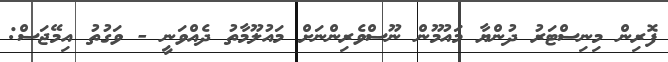
ފޮރިން މިނިސްޓަރު ދުންޔާ މައުމޫން ނޫސްވެރިންނަށް މައުލޫމާތު ދެއްވަނީ - ވަގުތު އިމޭޖަސް: